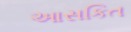
આસકિત